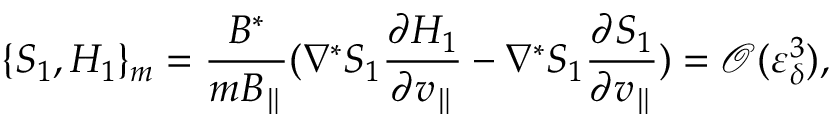
\{ S _ { 1 } , H _ { 1 } \} _ { m } = \frac { B ^ { * } } { m B _ { \parallel } } ( \nabla ^ { * } S _ { 1 } \frac { \partial H _ { 1 } } { \partial v _ { \parallel } } - \nabla ^ { * } S _ { 1 } \frac { \partial S _ { 1 } } { \partial v _ { \parallel } } ) = \mathcal { O } ( \varepsilon _ { \delta } ^ { 3 } ) ,